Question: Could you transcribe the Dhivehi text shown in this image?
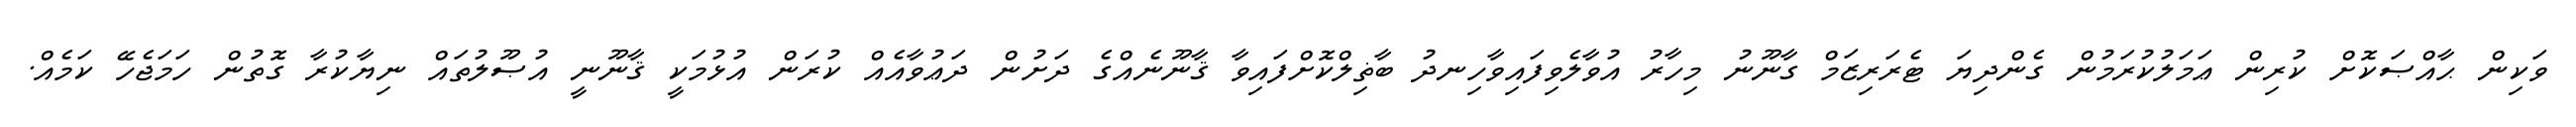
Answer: ވަކިން ޙާއްޞަކޮށް ކުރިން ޢަމަލުކުރަމުން ގެންދިޔަ ޓެރަރިޒަމް ގާނޫނު މިހާރު އުވާލެވިފައިވާހިނދު ބާޡިލްކޮށްފައިވާ ޤާނޫނެއްގެ ދަށުން ދަޢުވާއެއް ކުރަން އުޅުމަކީ ޤާނޫނީ އުޞޫލުތައް ނިޔާކުރާ ގޮތުން ހަމަޖެހޭ ކަމެއް.